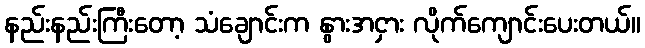
နည်းနည်းကြီးတော့ သံချောင်းက နွားအငှား လိုက်ကျောင်းပေးတယ်။